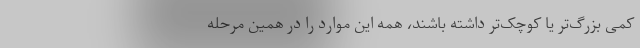
کمی بزرگ‌تر یا کوچک‌تر داشته باشند، همه این موارد را در همین مرحله